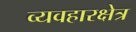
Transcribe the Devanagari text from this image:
व्यवहारक्षेत्र